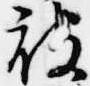
被